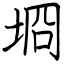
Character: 埛